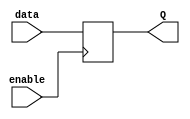
module transparent_latch (
    input data,
    input enable,
    output reg Q
);

always @(posedge enable)
begin
    if(enable)
        Q <= data; // Pass the input data through the latch
end

endmodule